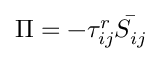
\Pi = - \tau _ { i j } ^ { r } { \bar { S _ { i j } } }